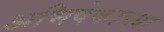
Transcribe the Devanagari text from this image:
अभिषेकाच्या